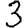
Digit: 3